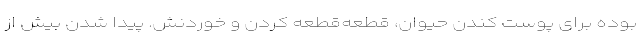
بوده برای پوست کندن حیوان، قطعه‌قطعه کردن و خوردنش. پیدا شدن بیش از